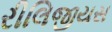
રીલિજીયસ